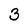
Character: 3